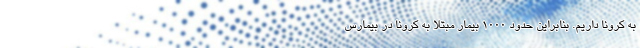
به کرونا داریم. بنابراین حدود ۱۰۰۰ بیمار مبتلا به کرونا در بیمارس